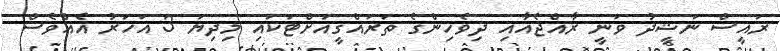
ރައީސް ނަޝީދު ވަނީ ރާއްޖެއާއި ދިވެހިންގެ ތަރައްގީއަށްޓަކައި މިދިޔަ 3 އަހަރު އެއްވެސް